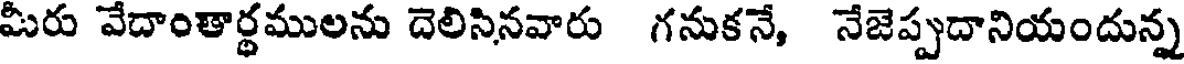
మీరు వేదాంతార్థములను దెలిసినవారు గనుకనే, నేజెప్పదానియందున్న